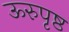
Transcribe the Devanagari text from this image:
ऊरुपृष्ठ